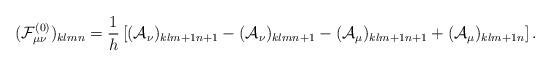
LaTeX: \begin{align*}({\cal F}^{(0)}_{\mu\nu})_{klmn}={1\over h}\left[({\cal A}_\nu)_{klm+1n+1}-({\cal A}_\nu)_{klmn+1}-({\cal A}_\mu)_{klm+1n+1}+({\cal A}_\mu)_{klm+1n}\right].\end{align*}